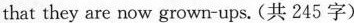
that they are now grown-ups. (共 245 字)